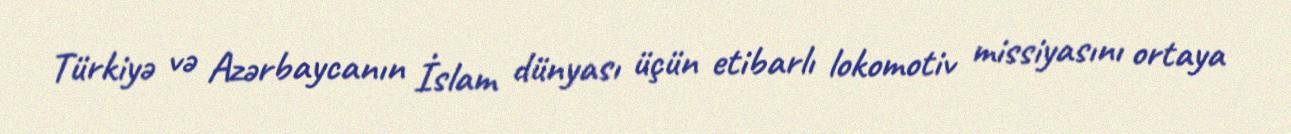
Türkiyə və Azərbaycanın İslam dünyası üçün etibarlı lokomotiv missiyasını ortaya